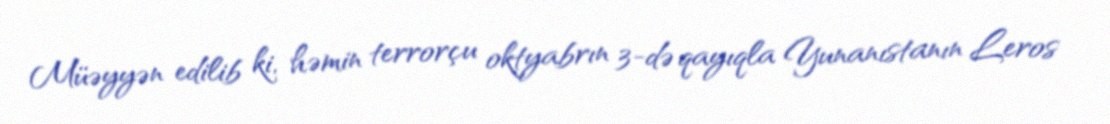
Müəyyən edilib ki, həmin terrorçu oktyabrın 3-də qayıqla Yunanıstanın Leros